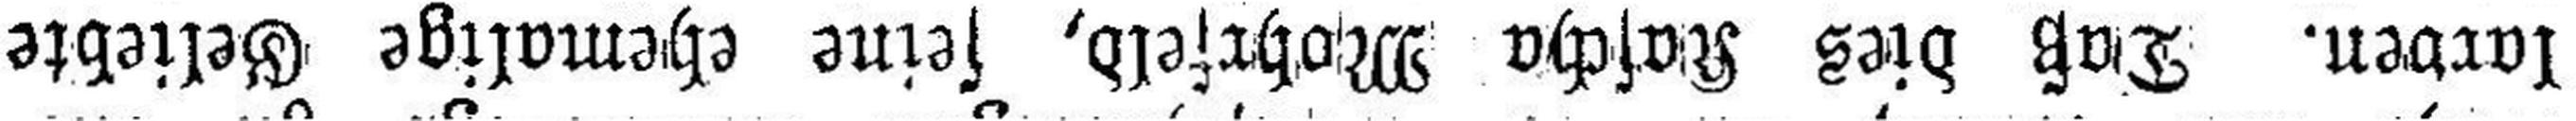
larven. Daß dies Kascha Mohrfeld, sein ehemalige Geliebte